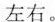
左右.